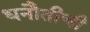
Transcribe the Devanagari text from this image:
धनौतीची